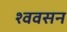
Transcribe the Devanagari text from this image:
श्ववसन